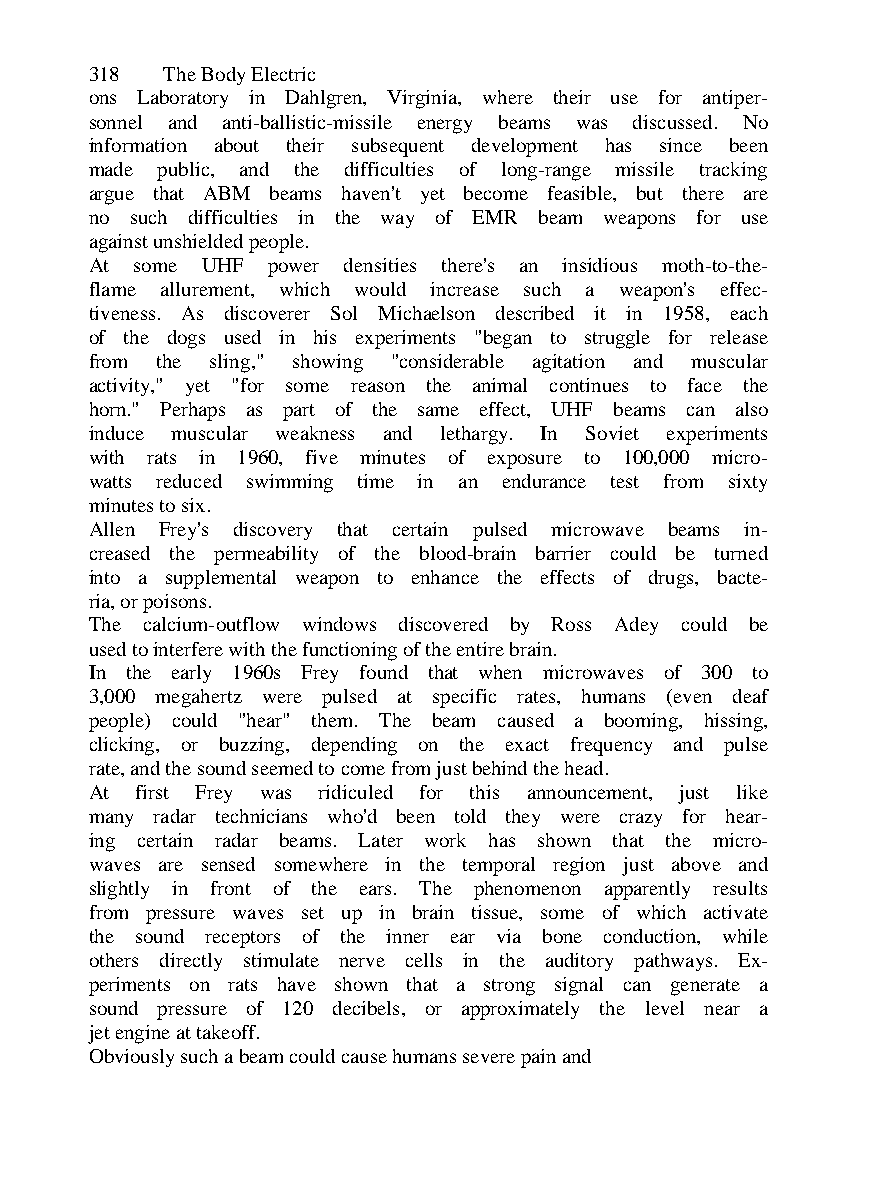
318  The Body Electric
 ons Laboratory in Dahlgren, Virginia, where their use for antiper-
 sonnel and anti-ballistic-missile energy beams was discussed. No
 information about their subsequent development has since been
 made public, and the difficulties of long-range missile tracking
 argue that ABM beams haven't yet become feasible, but there are
 no such difficulties in the way of EMR beam weapons for use
 against unshielded people.
 At some UHF power densities there's an insidious moth-to-the-
 flame allurement, which would increase such a weapon's effec-
 tiveness. As discoverer Sol Michaelson described it in 1958, each
 of the dogs used in his experiments "began to struggle for release
 from the sling," showing "considerable agitation and muscular
 activity," yet "for some reason the animal continues to face the
 horn." Perhaps as part of the same effect, UHF beams can also
 induce muscular weakness and lethargy. In Soviet experiments
 with rats in 1960, five minutes of exposure to 100,000 micro-
 watts reduced swimming time in an endurance test from sixty
 minutes to six.
 Allen Frey's discovery that certain pulsed microwave beams in-
 creased the permeability of the blood-brain barrier could be turned
 into a supplemental weapon to enhance the effects of drugs, bacte-
 ria, or poisons.
 The calcium-outflow windows discovered by Ross Adey could be
 used to interfere with the functioning of the entire brain.
 In the early 1960s Frey found that when microwaves of 300 to
 3,000 megahertz were pulsed at specific rates, humans (even deaf
 people) could "hear" them. The beam caused a booming, hissing,
 clicking, or buzzing, depending on the exact frequency and pulse
 rate, and the sound seemed to come from just behind the head.
 At first Frey was ridiculed for this announcement, just like
 many radar technicians who'd been told they were crazy for hear-
 ing certain radar beams. Later work has shown that the micro-
 waves are sensed somewhere in the temporal region just above and
 slightly in front of the ears. The phenomenon apparently results
 from pressure waves set up in brain tissue, some of which activate
 the sound receptors of the inner ear via bone conduction, while
 others directly stimulate nerve cells in the auditory pathways. Ex-
 periments on rats have shown that a strong signal can generate a
 sound pressure of 120 decibels, or approximately the level near a
 jet engine at takeoff.
 Obviously such a beam could cause humans severe pain and